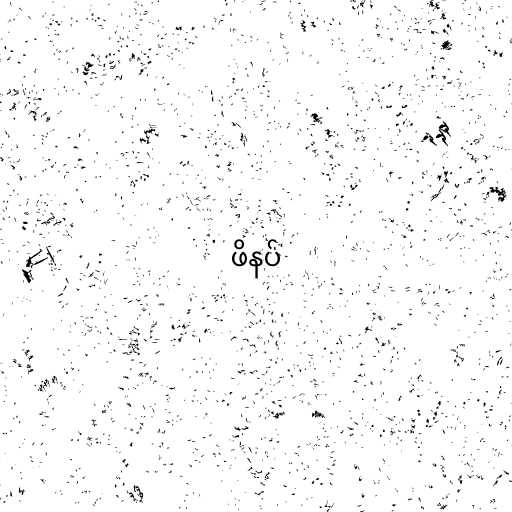
ဖိနပ်